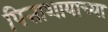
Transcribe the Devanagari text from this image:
पित्ताशायाच्या